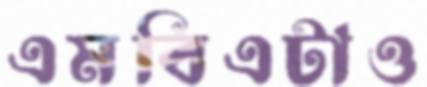
এমবিএটাও